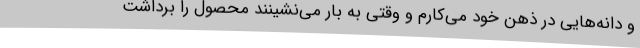
و دانه‌هایی در ذهن خود می‌کارم و وقتی به بار می‌نشینند محصول را برداشت